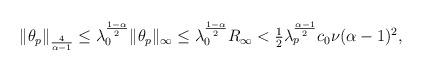
LaTeX: \begin{align*}\|\theta_p\|_{\frac{4}{\alpha-1}} &\leq \lambda_0^{\frac{1-\alpha}{2}}\|\theta_p\|_{\infty}\leq \lambda_0^{\frac{1-\alpha}{2}}R_\infty < {\textstyle \frac{1}{2}} \lambda_p^{\frac{\alpha-1}{2}} c_0\nu(\alpha-1)^2,\end{align*}